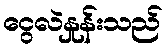
ငွေလဲနှုန်းသည်